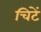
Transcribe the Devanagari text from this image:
चिटें